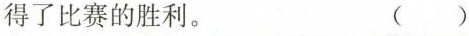
得了比赛的胜利。 ( )